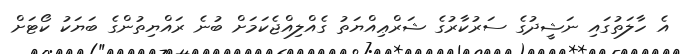
އެ ހާލަތުގައި ނަޝީދުގެ ސަރުކާރުގެ ޝަރްޢިއްޔަތު ގެއްލިއްޖެކަމަށް ބުނެ ރައްޔިތުންގެ ބަޔަކު ކޯޓަށް